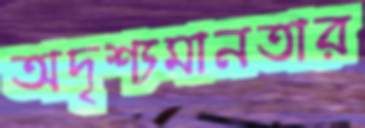
অদৃশ্যমানতার